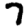
Digit: 7